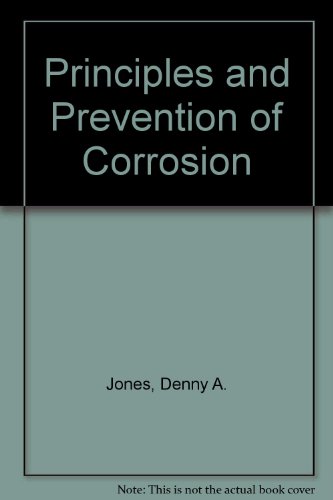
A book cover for Principles and Prevention of Corrosion; Denny A. Jones; Science & Math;